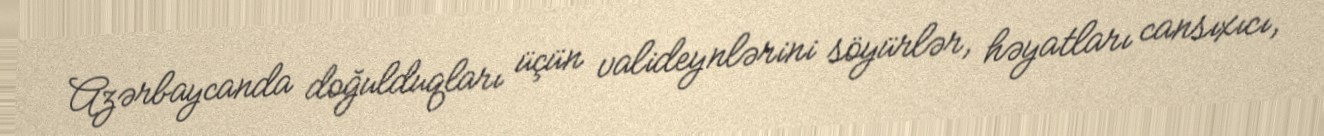
Azərbaycanda doğulduqları üçün valideynlərini söyürlər, həyatları cansıxıcı,